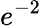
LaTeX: e^{-2}